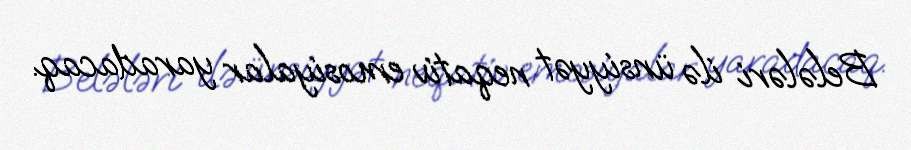
Belələri ilə ünsiyyət neqativ emosiyalar yaradacaq.